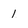
Character: 1